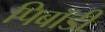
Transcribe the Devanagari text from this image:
पिबॉडी